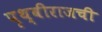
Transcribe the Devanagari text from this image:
पृथ्वीराजची